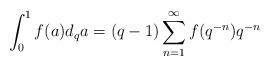
LaTeX: \begin{align*}\int_0^1 f(a) d_qa=(q-1)\sum_{n=1}^\infty f(q^{-n})q^{-n}\end{align*}